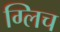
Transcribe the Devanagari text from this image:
ग्लिच